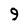
Character: 9